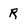
Character: R